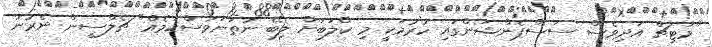
"މަޓިޗް އަދިވެސް ސަސްޕެންޝަންގައި ހުރުމަކީ މި ކްލަބަށް ލިބޭ ނުތަނަވަސްކަމެއް" ޗެލްސީން ނެރުނު